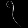
Digit: ၇